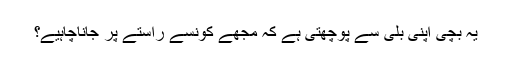
یہ بچی اپنی بلی سے پوچھتی ہے کہ مجھے کونسے راستے پر جاناچاہیے؟